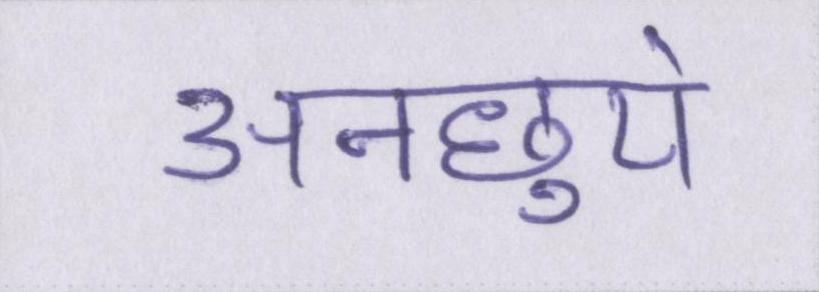
अनछुये